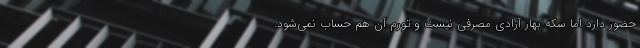
حضور دارد اما سکه بهار آزادی مصرفی نیست و تورم آن هم حساب نمی‌شود.